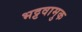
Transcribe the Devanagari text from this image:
भट्टवामुक